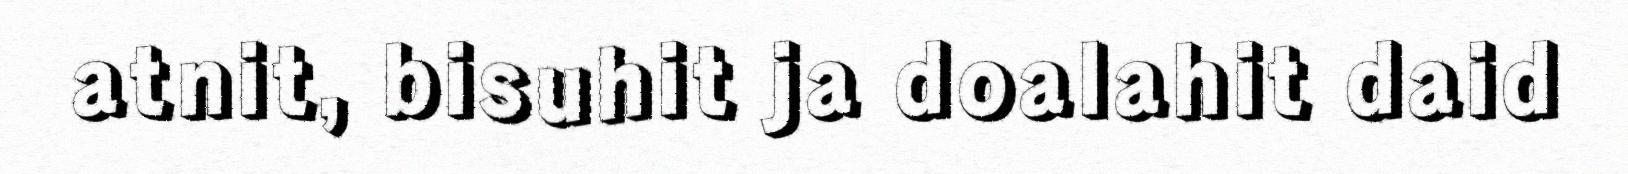
atnit, bisuhit ja doalahit daid